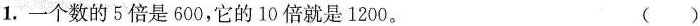
1.一个数的5倍是600，它的10倍就是1200。 ( )